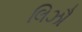
લિઝૌ